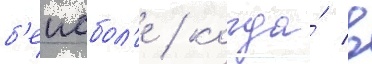
б'еисбол'е / когда́ в